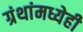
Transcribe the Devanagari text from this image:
ग्रंथांमध्येही